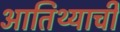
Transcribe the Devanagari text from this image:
आतिथ्याची